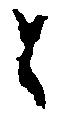
と